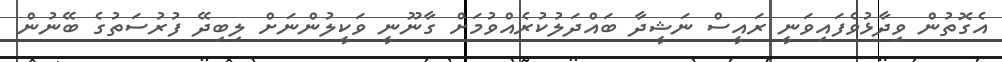
އެގޮތުން ވިދާޅުވެފައިވަނީ ރައީސް ނަޝީދާ ބައްދަލުކުރެއްވުމަށް ގާނޫނީ ވަކީލުންނަށް ލިބިދޭ ފުރުސަތުގެ ބޭނުން